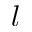
l